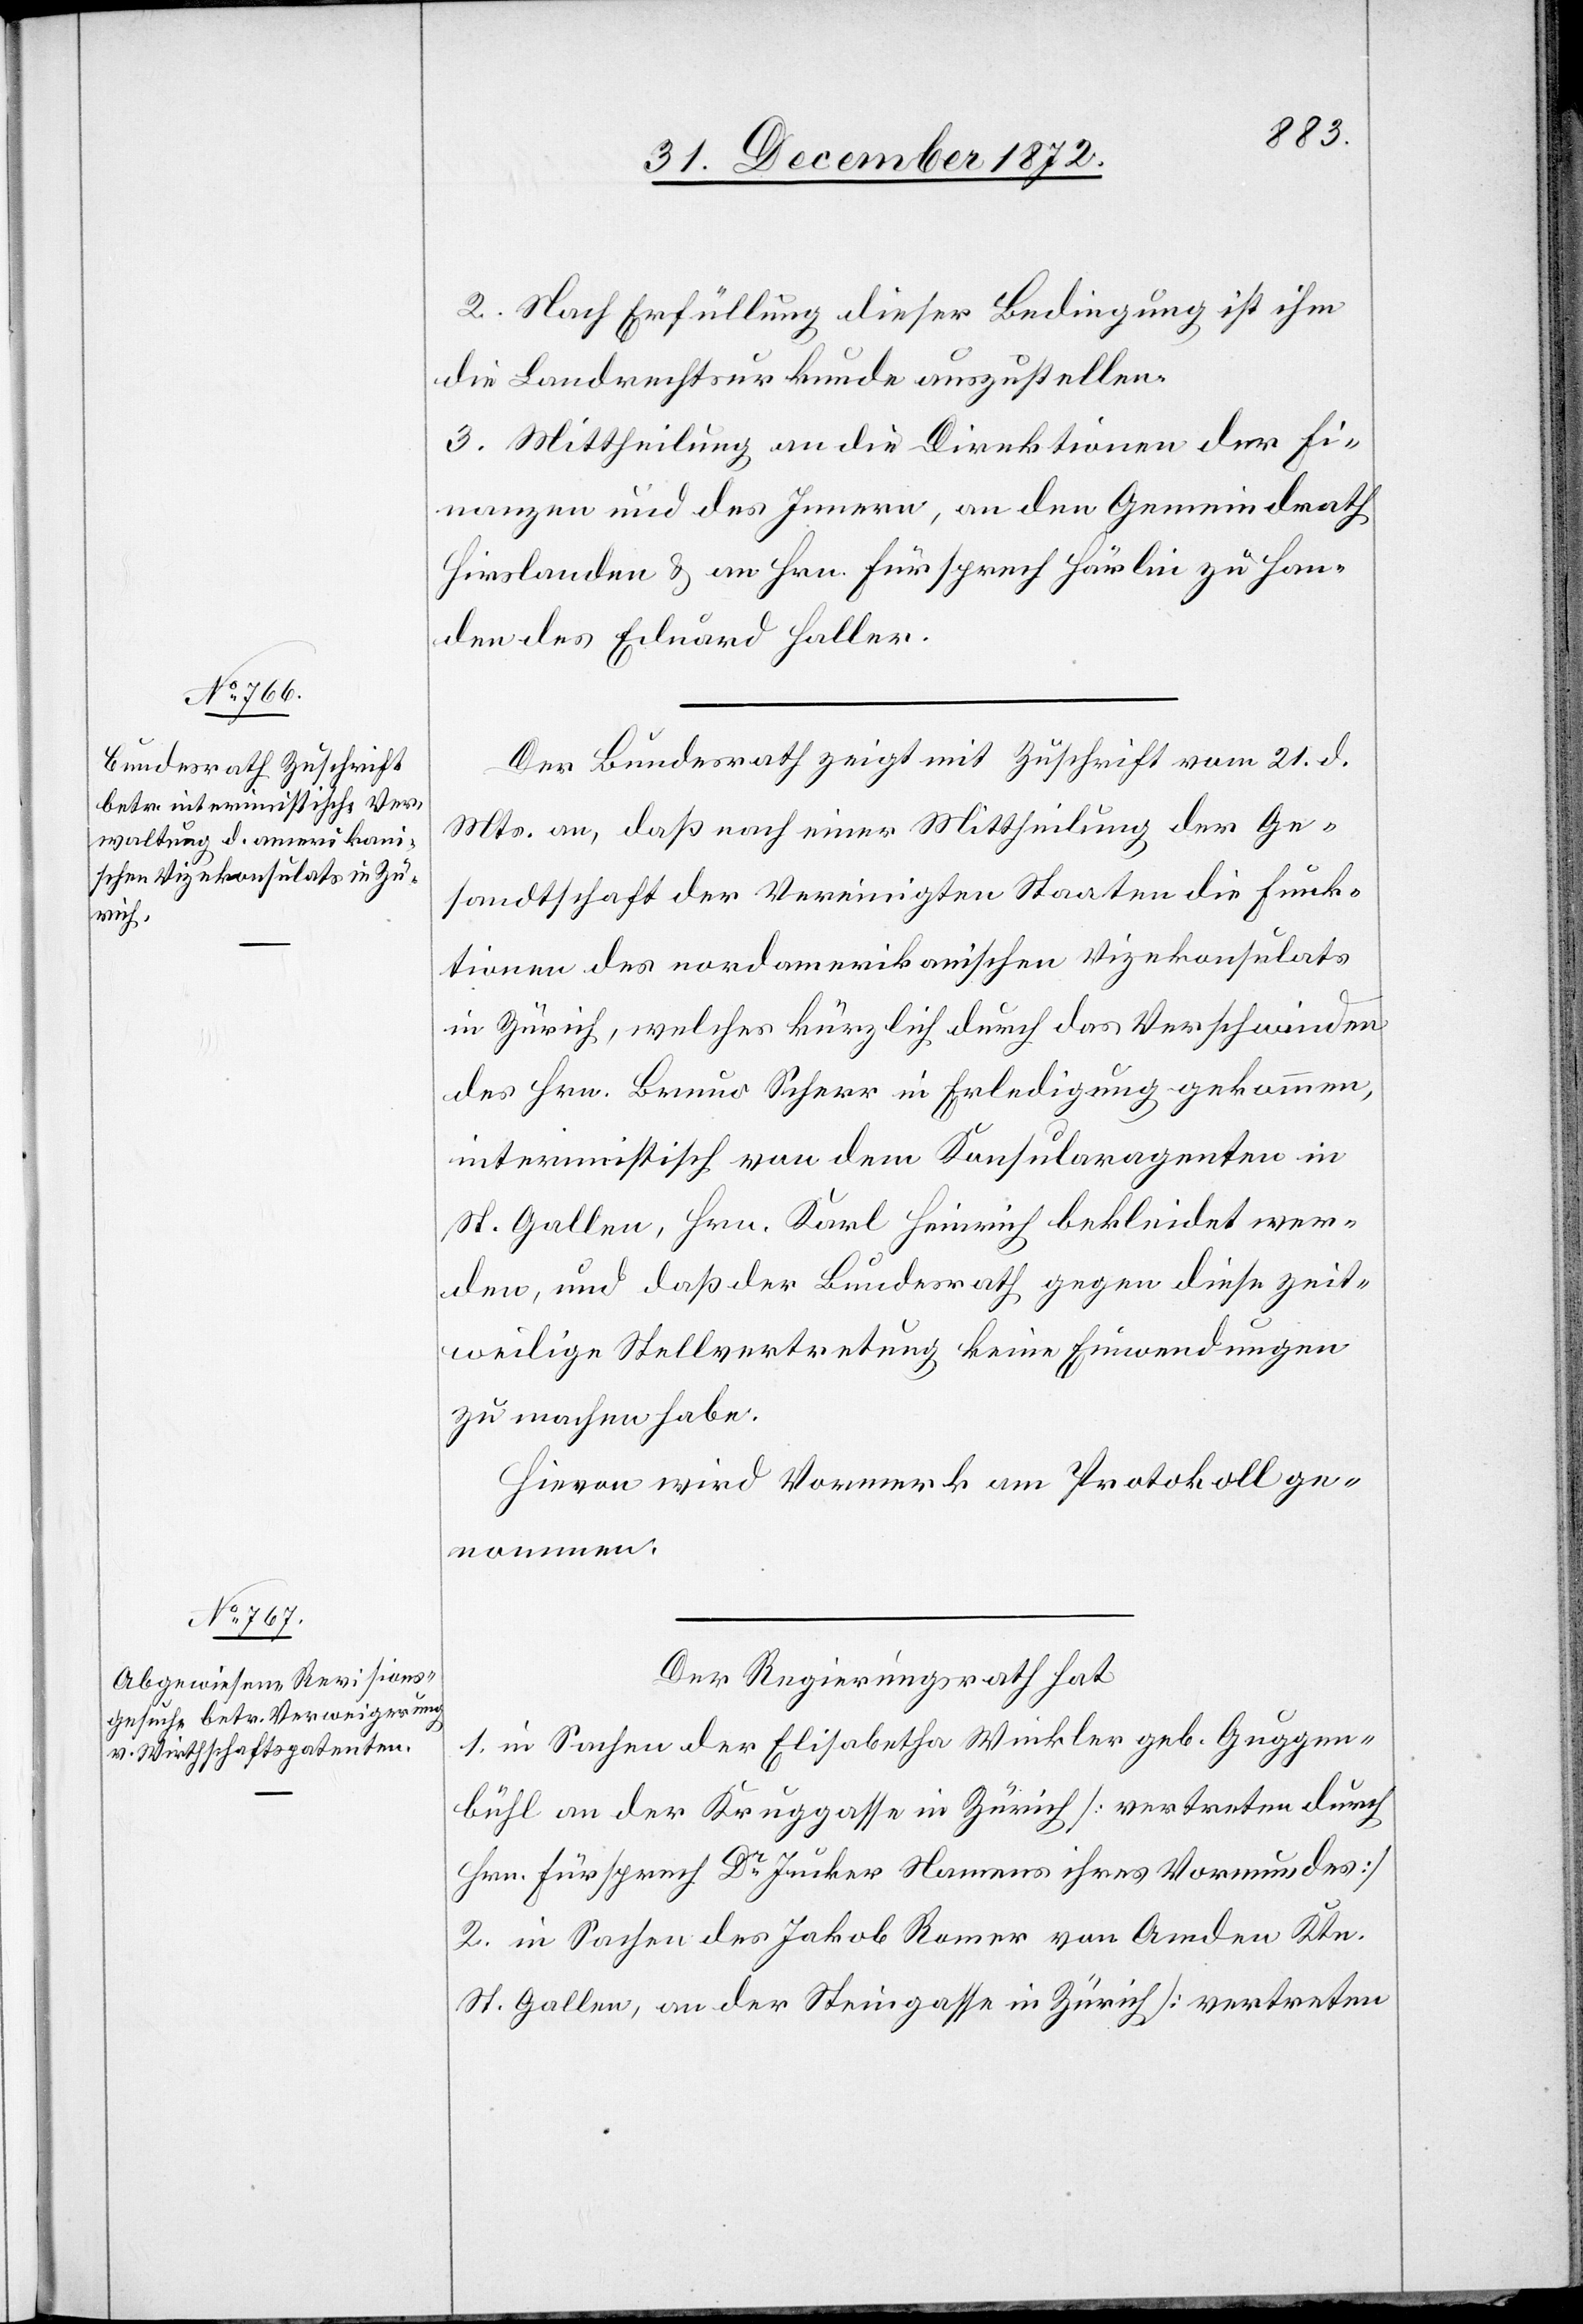
2. Nach Erfüllung dieser Bedingung ist ihm
die Landrechtsurkunde auszustellen.
3. Mittheilung an die Direktionen der Fi¬
nanzen und des Innern, an den Gemeindrath
Hirslanden u. an Hrn. Fürsprech Härlin zu Han¬
den des Eduard Haller.
Der Bundesrath zeigt mit Zuschrift vom 21. d.
Mts. an, daß nach einer Mittheilung der Ge¬
sandtschaft der Vereinigten Staaten die Funk¬
tionen des nordamerikanischen Vizekonsulats
in Zürich, welches kürzlich durch das Verschwinden
des Hrn. Bruno Scherr in Erledigung gekommen,
interimistisch von dem Konsularagenten in
St. Gallen, Hrn. Karl Heinrich bekleidet wer¬
den, und daß der Bundesrath gegen diese zeit¬
weilige Stellvertretung keine Einwendungen
zu machen habe.
Hievon wird Vormerk am Protokoll ge¬
nommen.
Der Regierungsrath hat
1. in Sachen der Elisabetha Winkler geb. Guggen¬
bühl an der Kruggasse in Zürich [vertreten durch
Hrn. Fürsprech Dr Jucker Namens ihres Vormundes]
2. in Sachen des Jakob Romer von Amden Ktn.
St. Gallen, an der Steingasse in Zürich [vertreten